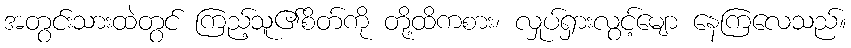
အတွင်းသားထဲတွင် ကြည့်သူ၏စိတ်ကို တို့ထိကစား၊ လှုပ်ရှားလွင့်မျော နေကြလေသည်။